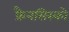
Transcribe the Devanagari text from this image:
फ्रैनसिस्को